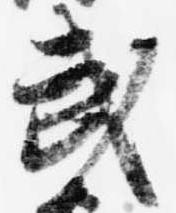
武